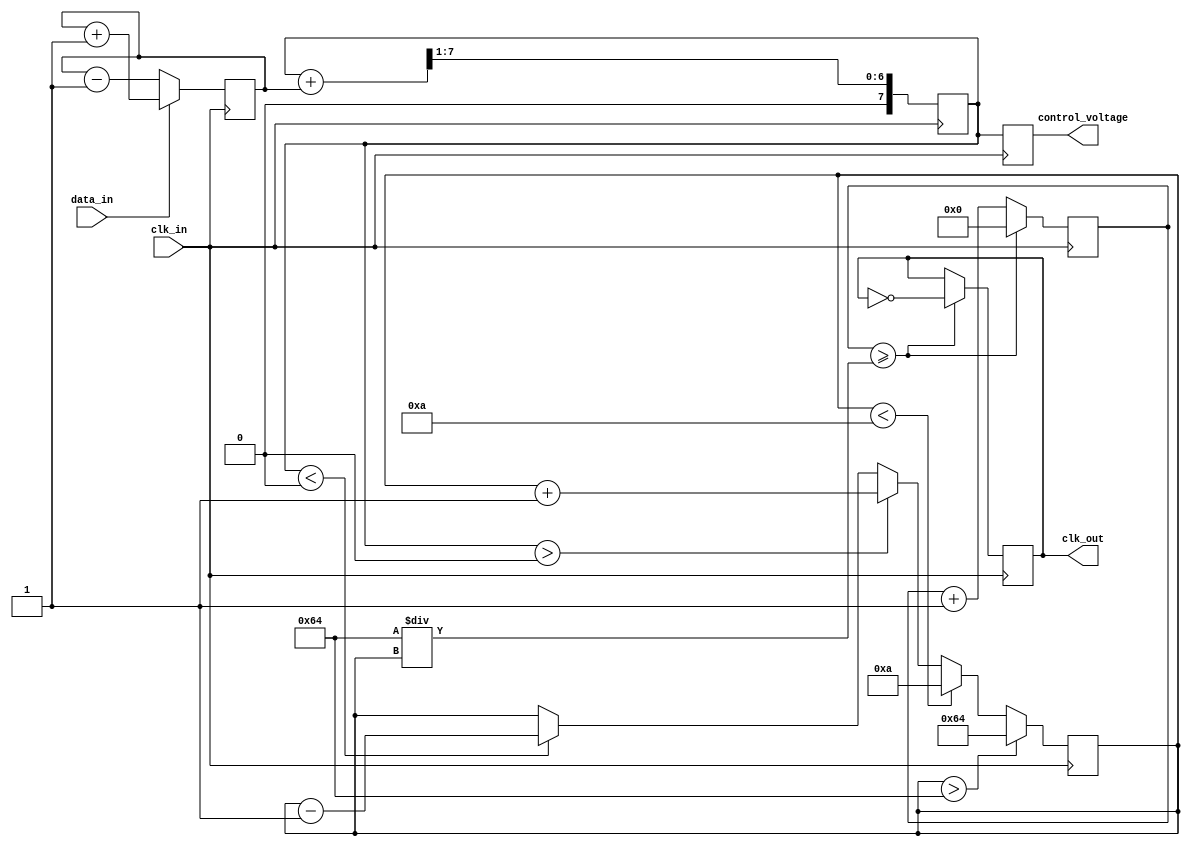
module clock_recovery_PLL (
    input wire clk_in,          // Input data clock
    input wire data_in,         // Input data signal
    output reg clk_out,         // Output recovered clock
    output reg [7:0] control_voltage // Control voltage for VCO
);

// Parameters
parameter PHASE_DETECTOR_WIDTH = 8; // Width of the phase detector output
parameter LPF_WIDTH = 8;              // Width of the low pass filter output
parameter VCO_MAX_FREQ = 100;         // Maximum frequency for VCO
parameter VCO_MIN_FREQ = 10;          // Minimum frequency for VCO

// Internal signals
reg [PHASE_DETECTOR_WIDTH-1:0] phase_error;
reg [LPF_WIDTH-1:0] filtered_error;
reg [7:0] vco_frequency;
reg [7:0] vco_counter;

// Phase Detector
always @(posedge clk_in) begin
    if (data_in) begin
        phase_error <= phase_error + 1; // Increment error if data transition occurs
    end else begin
        phase_error <= phase_error - 1; // Decrement error if no transition
    end
end

// Low Pass Filter
always @(posedge clk_in) begin
    filtered_error <= (filtered_error + phase_error) >> 1; // Simple averaging filter
end

// Voltage-Controlled Oscillator (VCO)
always @(posedge clk_in) begin
    // Adjust VCO frequency based on filtered error
    if (filtered_error > 0) begin
        vco_frequency <= vco_frequency + 1; // Increase frequency
    end else if (filtered_error < 0) begin
        vco_frequency <= vco_frequency - 1; // Decrease frequency
    end

    // Clamp frequency to max/min limits
    if (vco_frequency > VCO_MAX_FREQ) begin
        vco_frequency <= VCO_MAX_FREQ;
    end else if (vco_frequency < VCO_MIN_FREQ) begin
        vco_frequency <= VCO_MIN_FREQ;
    end
end

// Generate output clock based on VCO frequency
always @(posedge clk_in) begin
    vco_counter <= vco_counter + 1;
    if (vco_counter >= (100 / vco_frequency)) begin // Adjust counter threshold based on frequency
        clk_out <= ~clk_out; // Toggle output clock
        vco_counter <= 0; // Reset counter
    end
end

// Control voltage output (for external use)
always @(posedge clk_in) begin
    control_voltage <= filtered_error[7:0]; // Output lower 8 bits of filtered error
end

endmodule